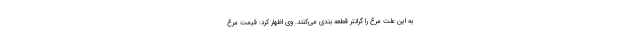
به این علت مرغ را گرانتر قطعه بندی می‌کنند. وی اظهار کرد: قیمت مرغ